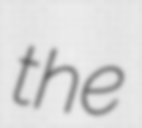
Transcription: the